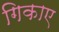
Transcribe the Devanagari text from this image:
गिकाए